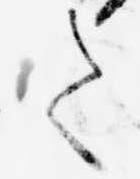
て